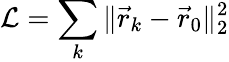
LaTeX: \mathcal{L}=\sum_{k}\Vert\vec{r}_{k}-\vec{r}_{0}\Vert_{2}^{2}